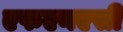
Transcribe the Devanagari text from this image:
एफएनएसी